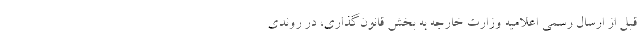
قبل از ارسال رسمی اعلامیه وزارت خارجه به بخش قانون‌گذاری، در روندی